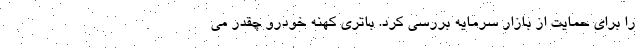
را برای حمایت از بازار سرمایه بررسی کرد. باتری کهنه خودرو چقدر می